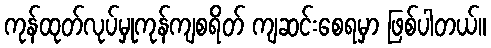
ကုန်ထုတ်လုပ်မှုကုန်ကျစရိတ် ကျဆင်းစေရမှာ ဖြစ်ပါတယ်။